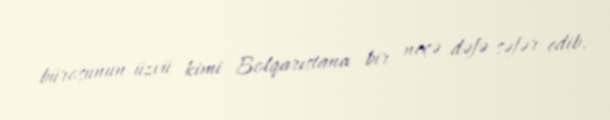
bürosunun üzvü kimi Bolqarıstana bir neçə dəfə səfər edib.